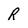
Character: R